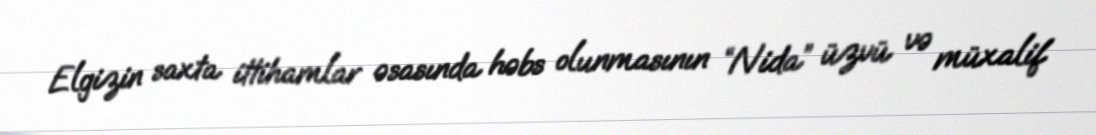
Elgizin saxta ittihamlar əsasında həbs olunmasının “Nida” üzvü və müxalif